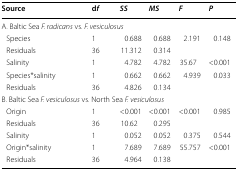
| Source | df | SS | MS | F | P |
 | --- | --- | --- | --- | --- | --- |
 | <COLSPAN=3> A. Baltic Sea F. radicans vs. F. vesiculosus |  |  |  |
 | Species | 1 | 0.688 | 0.688 | 2.191 | 0.148 |
 | Residuals | 36 | 11.312 | 0.314 |  |  |
 | Salinity | 1 | 4.782 | 4.782 | 35.67 | <0.001 |
 | Species*salinity | 1 | 0.662 | 0.662 | 4.939 | 0.033 |
 | Residuals | 36 | 4.826 | 0.134 |  |  |
 | <COLSPAN=4> B. Baltic Sea F. vesiculosus vs. North Sea F. vesiculosus |  |  |
 | Origin | 1 | <0.001 | <0.001 | <0.001 | 0.985 |
 | Residuals | 36 | 10.62 | 0.295 |  |  |
 | Salinity | 1 | 0.052 | 0.052 | 0.375 | 0.544 |
 | Origin*salinity | 1 | 7.689 | 7.689 | 55.757 | <0.001 |
 | Residuals | 36 | 4.964 | 0.138 |  |  |